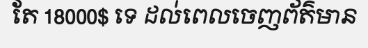
តែ 18000$ ទេ ដល់ពេលចេញព័ត៌មាន